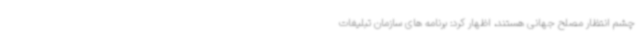
چشم انتظار مصلح جهانی هستند، اظهار کرد: برنامه های سازمان تبلیغات